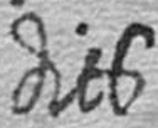
dits